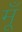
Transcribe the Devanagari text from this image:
मूँ